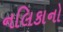
નલિકાનો